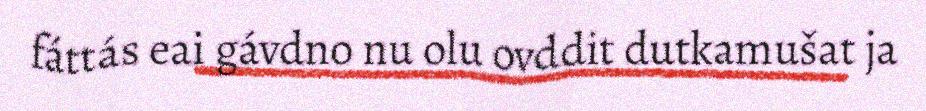
fáttás eai gávdno nu olu ovddit dutkamušat ja